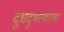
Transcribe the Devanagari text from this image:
दूधदुभत्याला